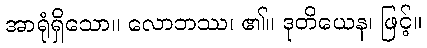
အာရုံရှိသော။ လောဘဿ၊ ၏။ ဒုတိယေန၊ ဖြင့်။